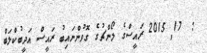
:  17